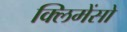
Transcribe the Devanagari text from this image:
क्लिमेंसो